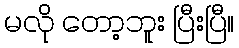
မလို တော့ဘူး ပြီးပြီ။